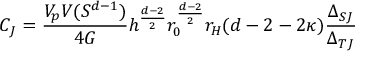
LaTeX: C _ { J } = \frac { V _ { p } V ( S ^ { d - 1 } ) } { 4 G } h ^ { \frac { d - 2 } { 2 } } r _ { 0 } ^ { \frac { d - 2 } { 2 } } r _ { H } ( d - 2 - 2 \kappa ) \frac { \Delta _ { S J } } { \Delta _ { T J } }